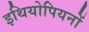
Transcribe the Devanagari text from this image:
इथियोपियनों